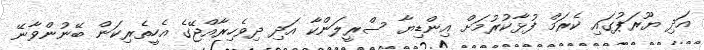
އަދި ޔޫރަޕުގައި ކެރަމް ފުޅާކުރުމަށް އިންޑިޔާ ސްރީލަންކާ އަދި ދިވެހިރާއްޖޭގެ އެހީތެރިކަން ބޭނުންވާނޭ